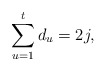
\begin{align*}\sum_{u = 1}^t d_u = 2j,\end{align*}